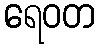
ရေဝတ